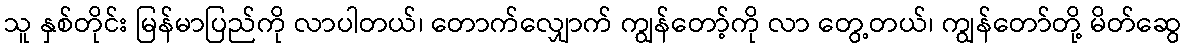
သူ နှစ်တိုင်း မြန်မာပြည်ကို လာပါတယ်၊ တောက်လျှောက် ကျွန်တော့်ကို လာ တွေ့တယ်၊ ကျွန်တော်တို့ မိတ်ဆွေ